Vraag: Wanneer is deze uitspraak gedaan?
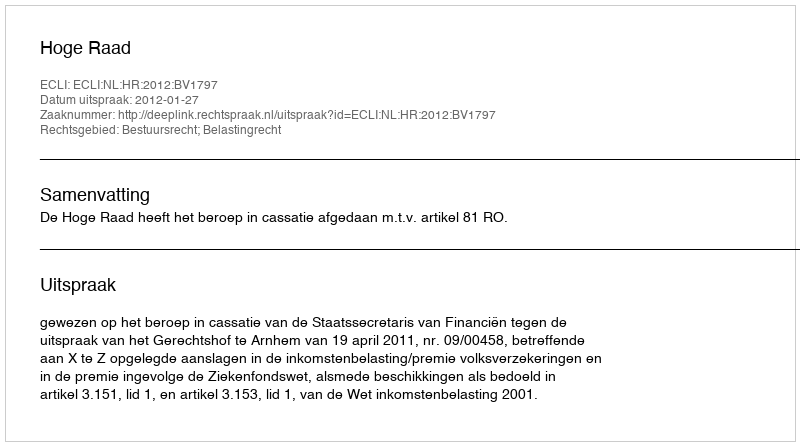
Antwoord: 2012-01-27